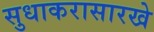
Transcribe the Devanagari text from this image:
सुधाकरासारखे